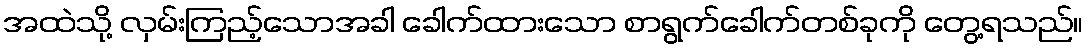
အထဲသို့ လှမ်းကြည့်သောအခါ ခေါက်ထားသော စာရွက်ခေါက်တစ်ခုကို တွေ့ရသည်။